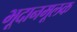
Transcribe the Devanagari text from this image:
भूदानमूलक